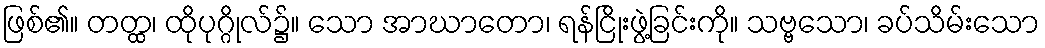
ဖြစ်၏။ တတ္ထ၊ ထိုပုဂ္ဂိုလ်၌။ သော အာဃာတော၊ ရန်ငြိုးဖွဲ့ခြင်းကို။ သဗ္ဗသော၊ ခပ်သိမ်းသော